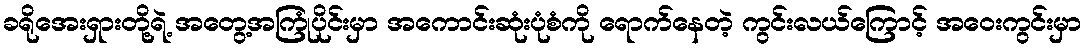
ခရိုအေးရှားတို့ရဲ့ အတွေ့အကြုံပိုင်းမှာ အကောင်းဆုံးပုံစံကို ရောက်နေတဲ့ ကွင်းလယ်ကြောင့် အဝေးကွင်းမှာ